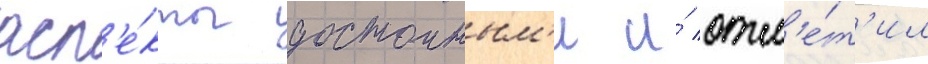
асп'е́кты достоиным'и и́ отм'е́т'ил